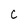
Character: C